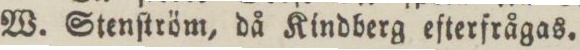
W. Stenſtröm, då Kindberg efterfrågas.